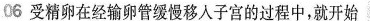
06 受精卵在经输卵管缓慢移入子宫的过程中，就开始